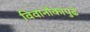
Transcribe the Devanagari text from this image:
विवानौकांपुढे